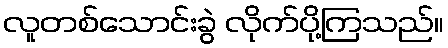
လူတစ်သောင်းခွဲ လိုက်ပို့ကြသည်။